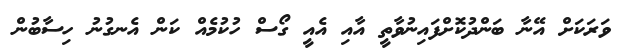
ވަރަކަށް އޭނާ ބަންދުކޮށްފައިނުވާތީ އާއި އެއީ ގޯސް ހުކުމެއް ކަން އެނގުނު ހިސާބުން